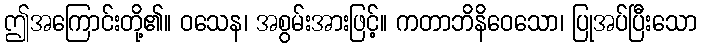
ဤအကြောင်းတို့၏။ ဝသေန၊ အစွမ်းအားဖြင့်။ ကတာဘိနိဝေသော၊ ပြုအပ်ပြီးသော